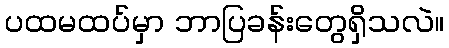
ပထမထပ်မှာ ဘာပြခန်းတွေရှိသလဲ။